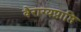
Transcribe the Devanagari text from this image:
वैराग्यप्राप्ति